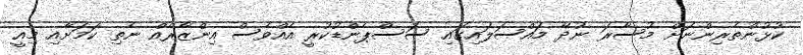
ކުޅުންތެރިންނަށް މުސާރަ ނުދޭ މައްސަލައިގައި ސަސްޕެންޑުކުރީ އެއްވެސް އިންޒާރެއް ނެތި ކަމަށާއި މިއީ